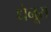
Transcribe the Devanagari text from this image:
धेनूस